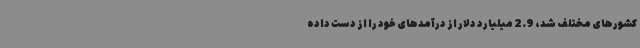
کشورهای مختلف شد، 2.9 میلیارد دلار از درآمدهای خود را از دست داده